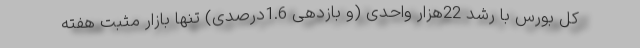
کل بورس با رشد 22هزار واحدی (و بازدهی 1.6درصدی) تنها بازار مثبت هفته